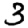
Digit: 3